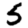
Digit: 5